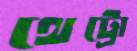
থেট্রো